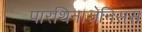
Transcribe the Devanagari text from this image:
पारथिनाजेनिसस